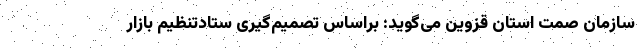
سازمان صمت استان قزوین می‌گوید: براساس تصمیم‌گیری ستادتنظیم بازار